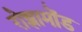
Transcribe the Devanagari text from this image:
रोझामोंड